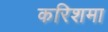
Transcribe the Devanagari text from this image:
करिशमा